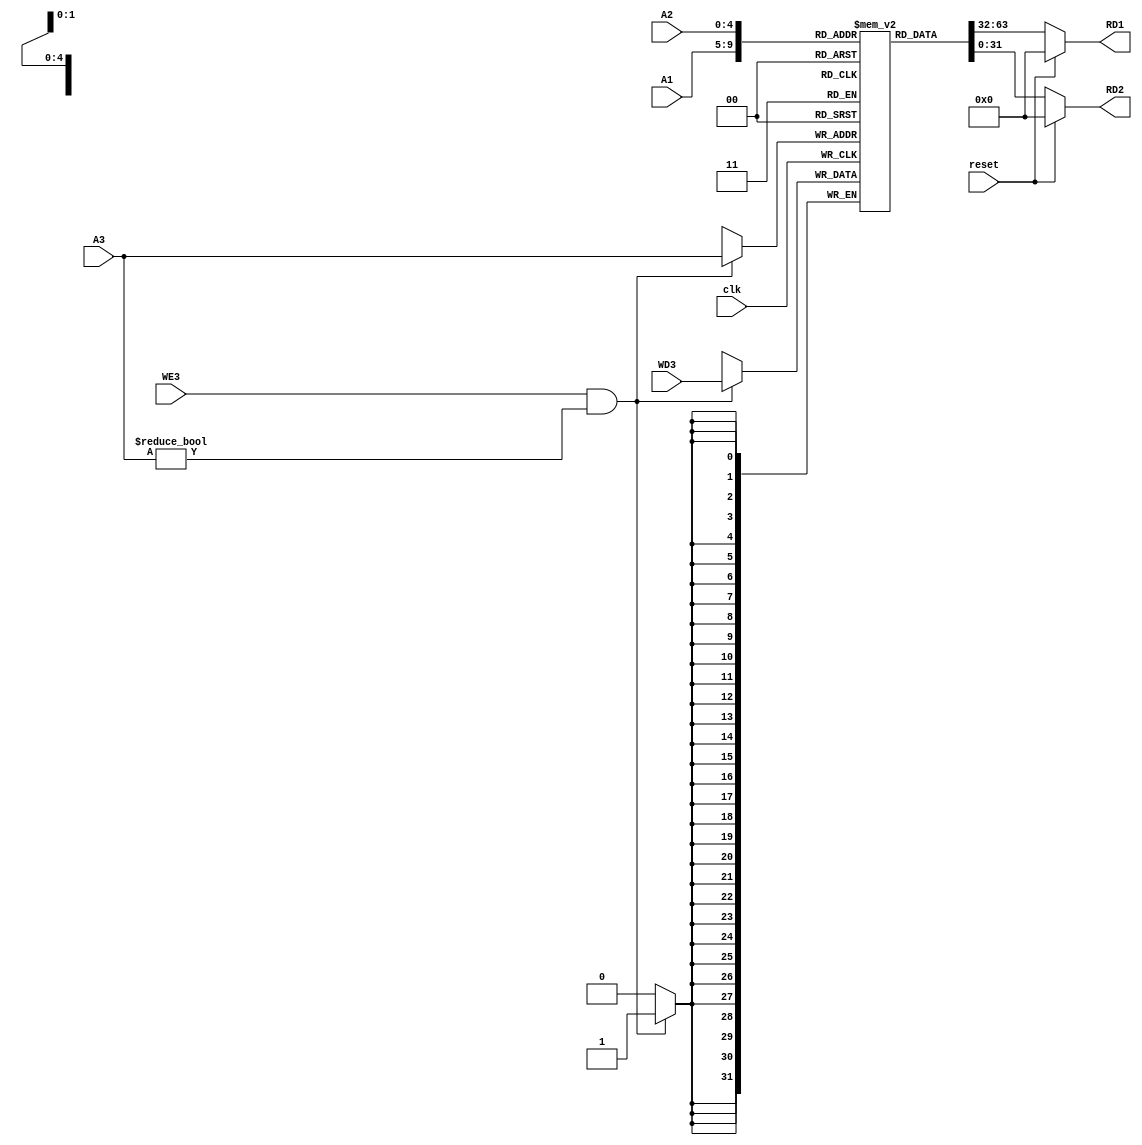
module register_file(A1,A2,A3,clk,reset,RD1,RD2,WD3,WE3);

    input[4:0] A1,A2,A3;
    input clk,reset,WE3;
    input[31:0] WD3;
    output [31:0]RD1,RD2;
    reg[31:0] register[31:0];
    
    initial begin
        register[0] <= 32'h00000000;
        register[1] <= 32'h00000000;
        register[2] <= 32'h00000000;
        register[3] <= 32'h00000000;
        register[4] <= 32'h00000000;
        register[5] <= 32'h00000000;
        register[6] <= 32'h00000000;
        register[7] <= 32'h00000000;
        register[8] <= 32'h00000000;
        register[9] <= 32'h00000000;
        register[10] <= 32'h00000000;
        register[11] <= 32'h00000000;
        register[12] <= 32'h00000000;
        register[13] <= 32'h00000000;
        register[14] <= 32'h00000000;
        register[15] <= 32'h00000000;
    end

    assign RD1 = (reset == 1'b1) ? 32'd0 : register[A1];
    assign RD2 = (reset == 1'b1) ? 32'd0 : register[A2];

    always@ (negedge clk) begin
        if((WE3 == 1'b1) & (A3 != 5'h00)) begin
            register[A3] <= WD3;
            
        end
    end


endmodule